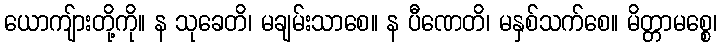
ယောကျ်ားတို့ကို။ န သုခေတိ၊ မချမ်းသာစေ။ န ပီဏေတိ၊ မနှစ်သက်စေ။ မိတ္တာမစ္စေ၊